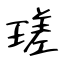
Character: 瑳